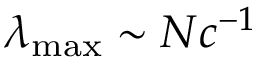
\lambda _ { \operatorname* { m a x } } \sim N c ^ { - 1 }